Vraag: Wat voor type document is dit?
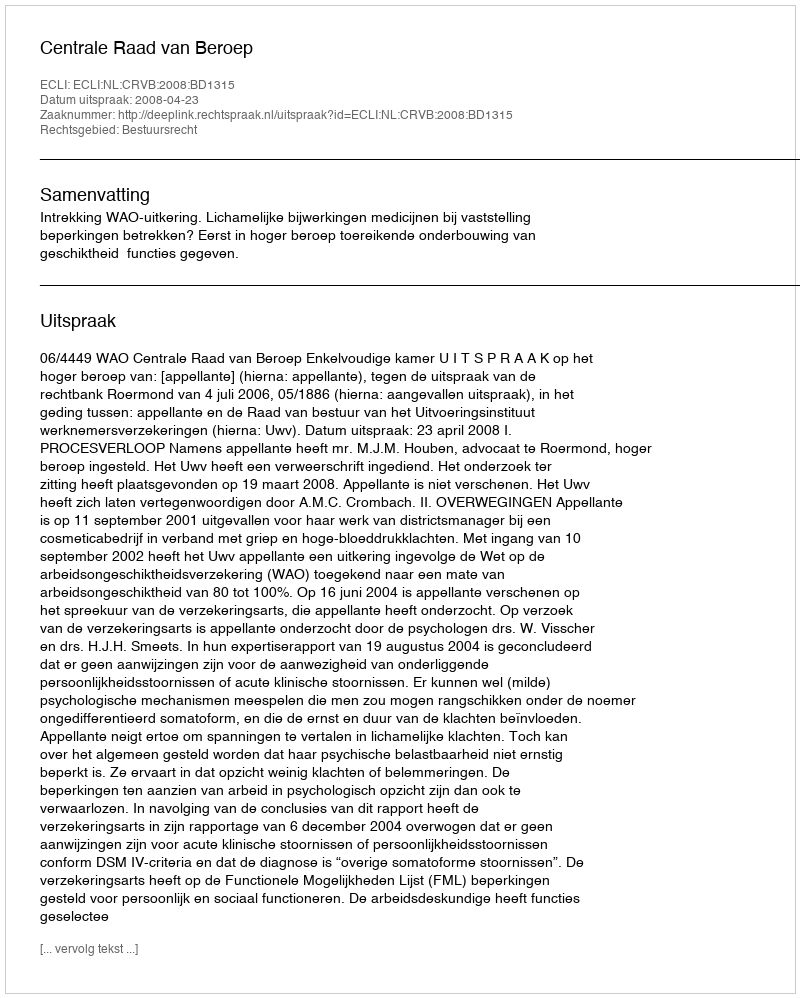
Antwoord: Uitspraak